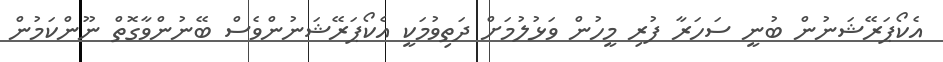
އެކޯޕަރޭޝަނުން ބުނީ ސަހަރާ ފުރި މީހުން ވަޅުލުމަށް ދަތިވުމަކީ އެކޯޕަރޭޝަނުންވެސް ބޭނުންވާގޮތް ނޫންކަމުން